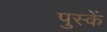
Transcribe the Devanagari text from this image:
पुस्कें